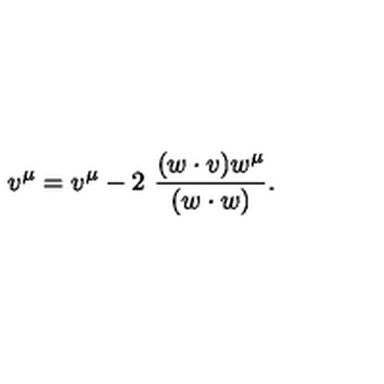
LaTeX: v ^ { \mu } = v ^ { \mu } - 2 \ \frac { ( w \cdot v ) w ^ { \mu } } { ( w \cdot w ) } .